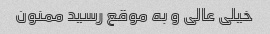
خیلی عالی و به موقع رسید ممنون